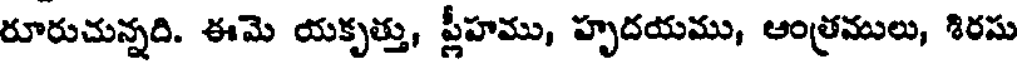
రూరుచున్నది. ఈమె యకృత్తు, ప్లీహము, హృదయము, ఆంత్రములు, శిరసు